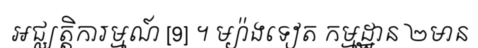
អជ្ឈត្តិការម្មណ៍ [9] ។ ម្យ៉ាងទៀត កម្មដ្ឋាន ២មាន